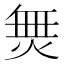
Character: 𭴿